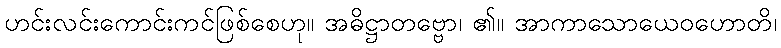
ဟင်းလင်းကောင်းကင်ဖြစ်စေဟု။ အဓိဋ္ဌာတဗ္ဗော၊ ၏။ အာကာသောယေဝဟောတိ၊